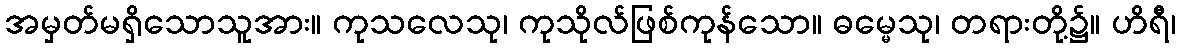
အမှတ်မရှိသောသူအား။ ကုသလေသု၊ ကုသိုလ်ဖြစ်ကုန်သော။ ဓမ္မေသု၊ တရားတို့၌။ ဟိရီ၊